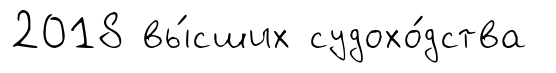
2018 вы́сших судохо́дства